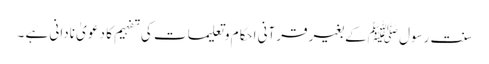
سنت رسول ﷺکے بغیر قرآنی احکام وتعلیمات کی تفہیم کا دعو یٰ نادانی ہے ۔